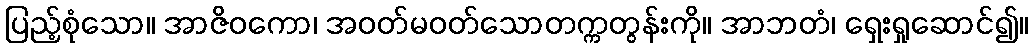
ပြည့်စုံသော။ အာဇိဝကော၊ အဝတ်မဝတ်သောတက္ကတွန်းကို။ အာဘတံ၊ ရှေးရှုဆောင်၍။